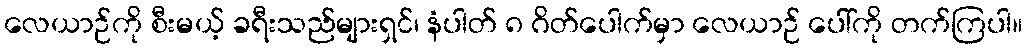
လေယာဉ်ကို စီးမယ့် ခရီးသည်များရှင်၊ နံပါတ် ၈ ဂိတ်ပေါက်မှာ လေယာဉ် ပေါ်ကို တက်ကြပါ။